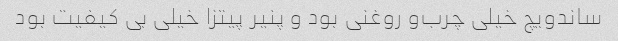
ساندویچ خیلی چرب‌و روغنی بود و پنیر پیتزا خیلی بی کیفیت بود